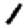
Digit: 1